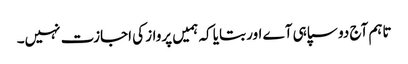
تاہم آج دو سپاہی آے اور بتایا کہ ہمیں پرواز کی اجازت نہیں۔